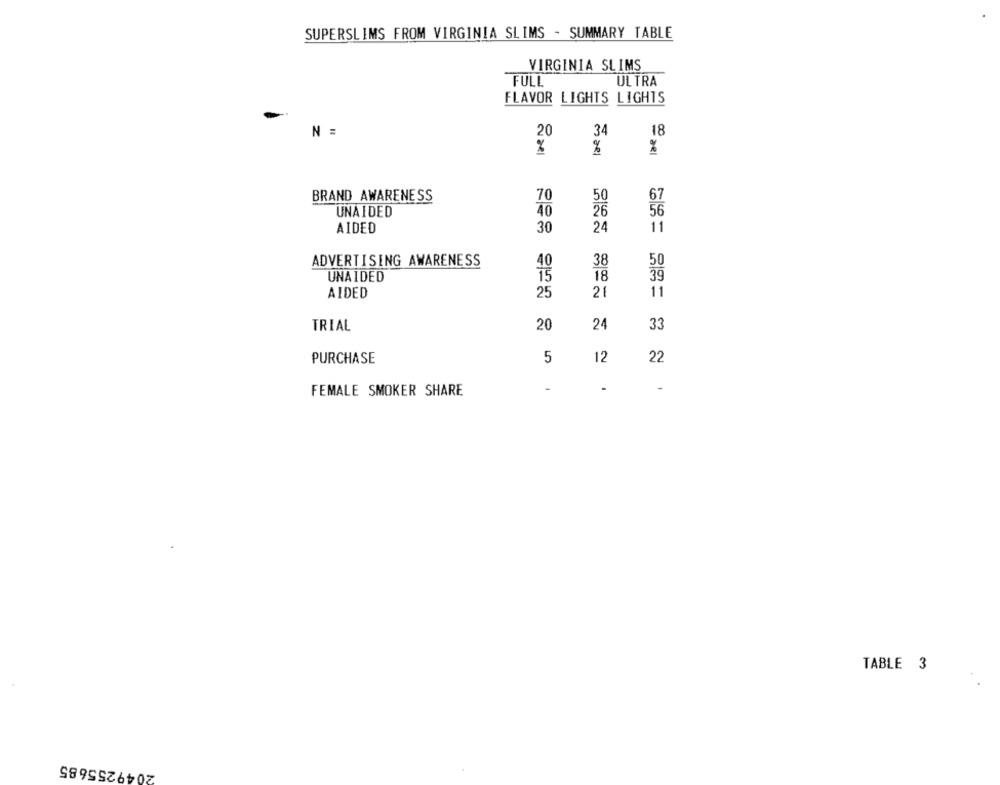
SUPERSLIMS FROM VIRGINIA SLIMS - SUMMARY TABLE
VIRGINIA SLIMS
FULL
ULTRA
FLAVOR LIGHTS LIGHTS
N =
20
34
18
%
%
%
BRAND AWARENESS
70
67
50
UNAIDED
40
26
56
AIDED
30
24
11
ADVERTISING AWARENESS
40
38
50
UNAIDED
15
18
39
AIDED
25
21
11
TRIAL
20
24
33
PURCHASE
5
12
22
FEMALE SMOKER SHARE
-
TABLE 3
2049255685